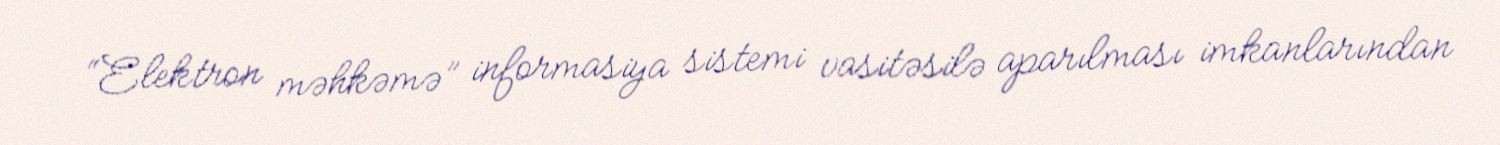
“Elektron məhkəmə” informasiya sistemi vasitəsilə aparılması imkanlarından